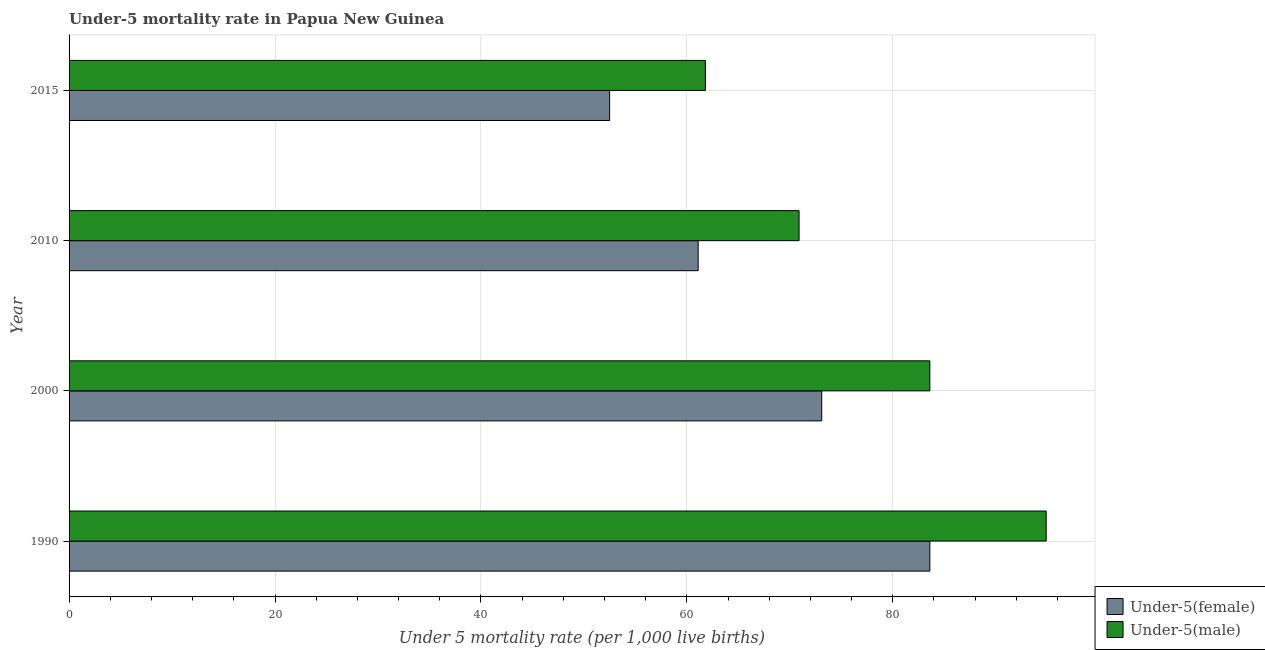
| Year | Under-5(female) | Under-5(male) |
 | --- | --- | --- |
 | 1990 | 83.6 | 94.9 |
 | 2000 | 73.1 | 83.6 |
 | 2010 | 61.1 | 70.9 |
 | 2015 | 52.5 | 61.8 |